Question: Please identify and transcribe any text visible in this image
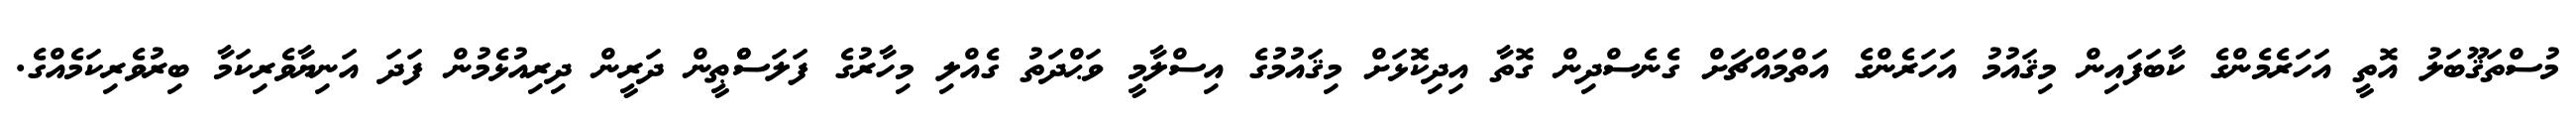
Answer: މުސްތަޤޫބަލު އޮތީ އަހަރެމެންގެ ކާބަފައިން މިޤައުމު އަހަރެންގެ އަތްމައްޗަށް ގެނެސްދިން ގޮތާ އިދިކޮޅަށް މިޤައުމުގެ އިސްލާމީ ވަޙްދަތު ގެއްލި މިހާރުގެ ފަލަސްްޠީން ދަރީން ދިރިއުޅެމުން ފަދަ އަނިޔާވެރިކަމާ ބިރުވެރިކަމެއްގެ.